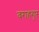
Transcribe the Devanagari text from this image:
वराहगुप्त